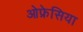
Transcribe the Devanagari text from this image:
ओफ्रेसिया